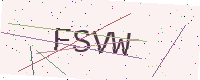
Text: FSVW